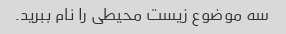
سه موضوع زیست محیطی را نام ببرید.